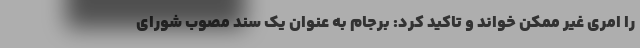
را امری غیر ممکن خواند و تاکید کرد: برجام به عنوان یک سند مصوب شورای